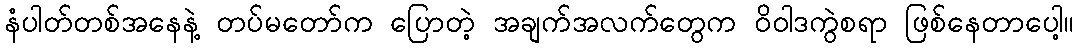
နံပါတ်တစ်အနေနဲ့ တပ်မတော်က ပြောတဲ့ အချက်အလက်တွေက ဝိဝါဒကွဲစရာ ဖြစ်နေတာပေါ့။